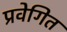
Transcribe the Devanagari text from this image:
प्रवेगित